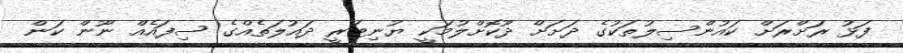
ފަޅު ރަށްރަށް ކައުންސިލުތަކުގެ ދަށަށް ދޫކޮށްލުމަކީ ޔުނިޓަރީ ދައުލަތެއްގެ ސިފައެއް ނޫން ކަން